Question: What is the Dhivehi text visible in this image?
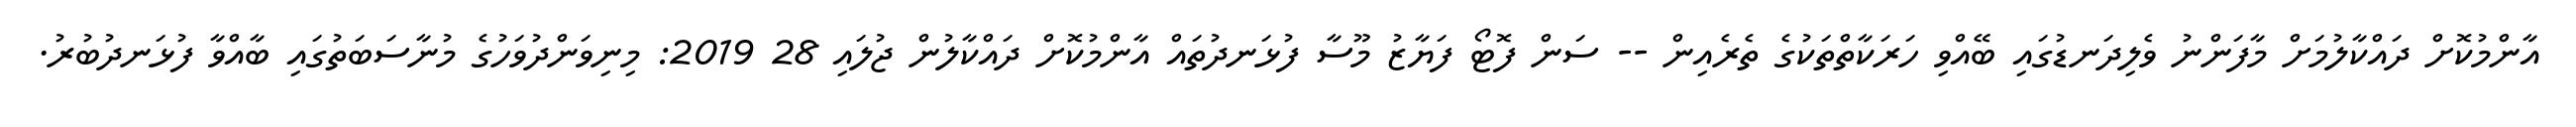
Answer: އާންމުކޮށް ދައްކާލުމަށް މާފަންނު ވެލިދަނޑުގައި ބޭއްވި ހަރަކާތްތަކުގެ ތެރެއިން -- ސަން ފޮޓޯ ފަޔާޒު މޫސާ ފުޅަނދުތައް އާންމުކޮށް ދައްކާލުން ޖުލައި 28 2019: މިނިވަންދުވަހުގެ މުނާސަބަތުގައި ބާއްވާ ފުޅަނދުބުރު.